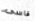
قاسى